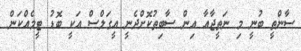
ސާންތީ ބުނީ މި ނަތީޖާއާ އިން ސާބިތުކޮށްދެނީ އީގަލްސް އަކީ ބޮޑު ޓީމެއްކަން